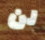
لن